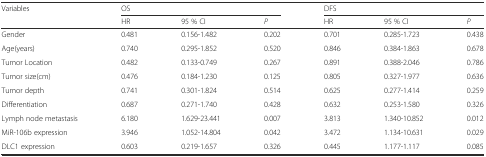
<table><thead><tr><td rowspan="2"><b>Variables</b></td><td colspan="3"><b>OS</b></td><td colspan="3"><b>DFS</b></td></tr><tr><td><b>HR</b></td><td><b>95 % CI</b></td><td><b><i>P</i></b></td><td><b>HR</b></td><td><b>95 % CI</b></td><td><b><i>P</i></b></td></tr></thead><tbody><tr><td>Gender</td><td>0.481</td><td>0.156-1.482</td><td>0.202</td><td>0.701</td><td>0.285-1.723</td><td>0.438</td></tr><tr><td>Age(years)</td><td>0.740</td><td>0.295-1.852</td><td>0.520</td><td>0.846</td><td>0.384-1.863</td><td>0.678</td></tr><tr><td>Tumor Location</td><td>0.482</td><td>0.133-0.749</td><td>0.267</td><td>0.891</td><td>0.388-2.046</td><td>0.786</td></tr><tr><td>Tumor size(cm)</td><td>0.476</td><td>0.184-1.230</td><td>0.125</td><td>0.805</td><td>0.327-1.977</td><td>0.636</td></tr><tr><td>Tumor depth</td><td>0.741</td><td>0.301-1.824</td><td>0.514</td><td>0.625</td><td>0.277-1.414</td><td>0.259</td></tr><tr><td>Differentiation</td><td>0.687</td><td>0.271-1.740</td><td>0.428</td><td>0.632</td><td>0.253-1.580</td><td>0.326</td></tr><tr><td>Lymph node metastasis</td><td>6.180</td><td>1.629-23.441</td><td>0.007</td><td>3.813</td><td>1.340-10.852</td><td>0.012</td></tr><tr><td>MiR-106b expression</td><td>3.946</td><td>1.052-14.804</td><td>0.042</td><td>3.472</td><td>1.134-10.631</td><td>0.029</td></tr><tr><td>DLC1 expression</td><td>0.603</td><td>0.219-1.657</td><td>0.326</td><td>0.445</td><td>1.177-1.117</td><td>0.085</td></tr></tbody></table>